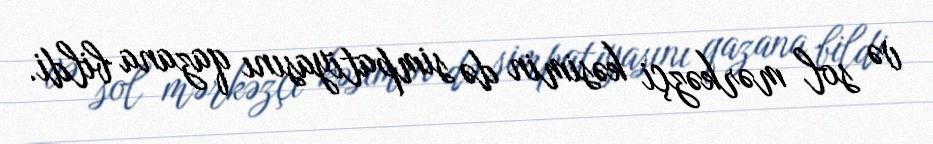
və sol mərkəzçi kəsimin də simpatiyasını qazana bildi.